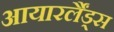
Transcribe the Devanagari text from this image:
आयारर्लैंड्स